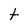
Character: t